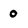
Character: 0